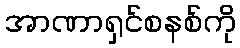
အာဏာရှင်စနစ်ကို